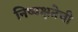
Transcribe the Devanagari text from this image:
निष्‍पक्षतेची